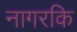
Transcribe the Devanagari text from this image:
नागरकि